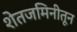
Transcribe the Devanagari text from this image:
शेतजमिनीतून